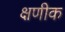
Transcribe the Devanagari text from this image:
क्षणीक